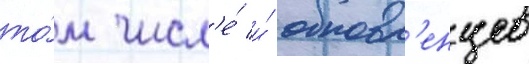
то́м числ'е́ и́ обновл'енцев